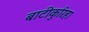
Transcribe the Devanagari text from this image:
बाटीकुरिहा